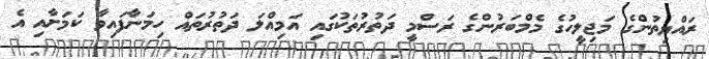
ރައްޔިތުންގެ މަޖިލީހުގެ މެމްބަރުންގެ ރަސްމީ ދަތުރުތަކުގައި އަމިއްލަ ދަތުރުތައް ހިމަނާފައިވާ ކަމަށާއި އެ